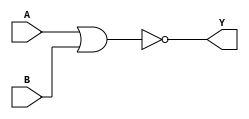
module data_flow(input A,B, output Y);
 assign Y = ~(A|B);               ///assign statements will be used in Data Flow style 
endmodule